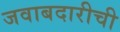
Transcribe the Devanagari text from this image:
जवाबदारीची